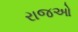
રાજઓ